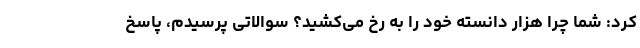
کرد: شما چرا هزار دانسته خود را به رخ می‌کشید؟ سوالاتی پرسیدم، پاسخ